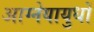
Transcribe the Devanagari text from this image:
आग्नेयायुधों